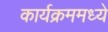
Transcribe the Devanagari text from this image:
कार्यक्रममध्ये